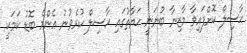
ޙާސިލް ކޮށްފައިވާ މާޒިނާ ބުނަނީ ޙަޔާތުގައި ޙާސިލް ކުރެވުނު އެންމެ ބޮޑު ކަމަކީ